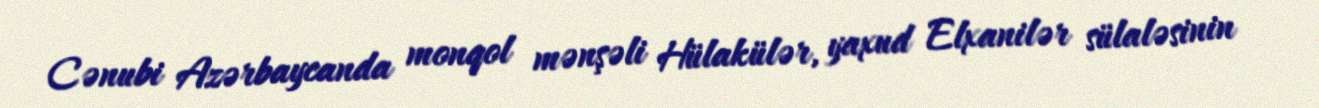
Cənubi Azərbaycanda monqol mənşəli Hülakülər, yaxud Elxanilər sülaləsinin